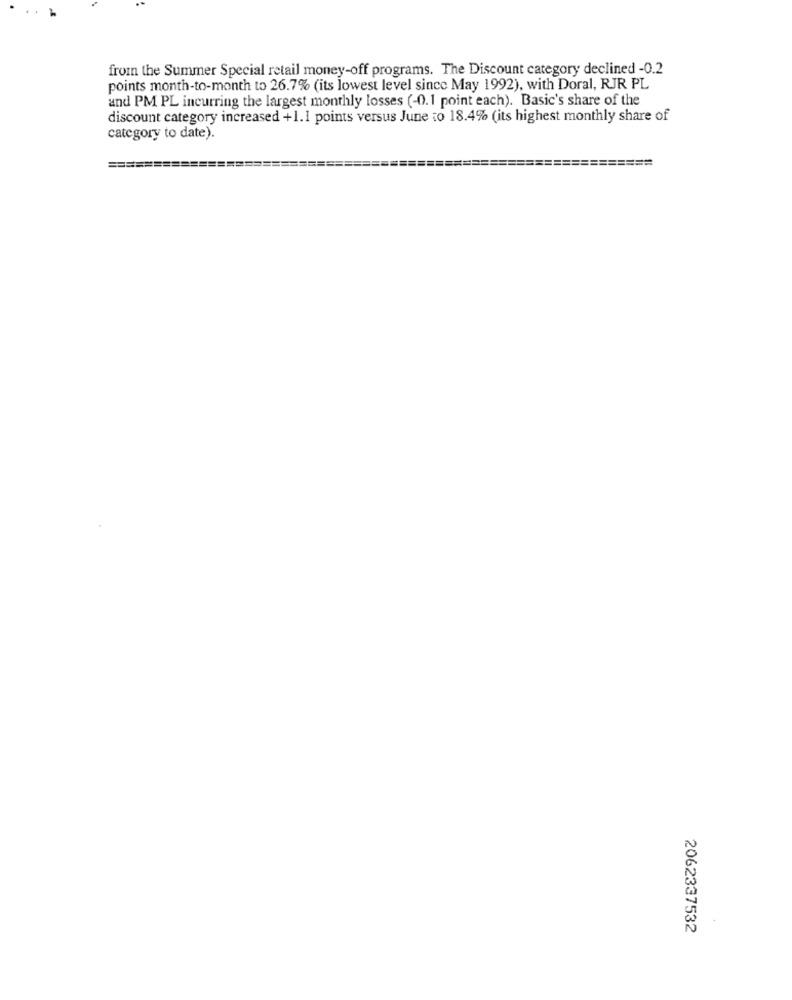
from the Summer Special retail money-off programs. The Discount category declined -0.2
points month-to-month to 26.7% (its lowest level since May 1992), with Doral, RJR PL
and PM PL incurring the largest monthly losses (-0.1 point each). Basic's share of the
discount category increased +1.1 points versus June to 18.4% (its highest monthly share of
category to date).
=====
==========
2062337532